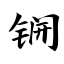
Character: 锎